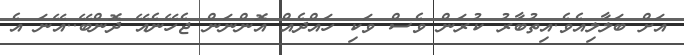
އަށް ބަލާލިއެވެ.އިތުބާރު ކުރަން ވެސް ވަކި ހައްދެއް އޮންނަން ޖެހޭނެއޭ ދޮންބޭ..އޭނަ އެ